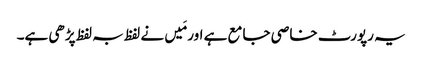
یہ رپورٹ خاصی جامع ہے اور مَیں نے لفظ بہ لفظ پڑھی ہے۔